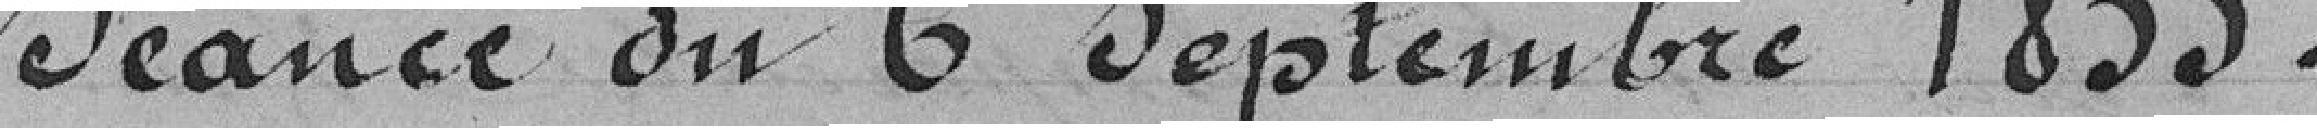
Séance du 6 septembre 1855